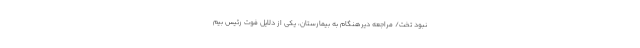
نبود تخت/ مراجعه دیرهنگام به بیمارستان، یکی از دلایل فوت رئیس بیم